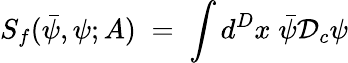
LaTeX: S_{f}({\bar{\psi}},\psi;A)\; =\; \int d^{D}x\; {\bar{\psi}}{\mathcal D}_{c}\psi